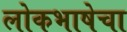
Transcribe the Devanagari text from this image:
लोकभाषेचा